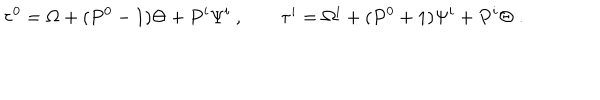
\tau ^ { 0 } = \Omega + ( P ^ { 0 } - 1 ) \Theta + P ^ { i } \Psi ^ { i } ~ , \qquad \tau ^ { i } = \Omega ^ { i } + ( P ^ { 0 } + 1 ) \Psi ^ { i } + P ^ { i } \Theta \; .